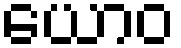
ယောဝ